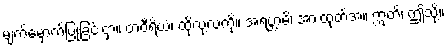
မျက်မှောက်ပြုခြင်းငှာ။ တံဝီရိယံ၊ ထိုလုံ့လကို။ အရဗ္ဘာမိ၊ အားထုတ်အံ့။ ဣတိ၊ ဤသို့။